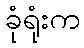
ခုံရုံးက